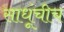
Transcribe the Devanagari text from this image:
साधूंचीच